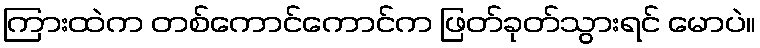
ကြားထဲက တစ်ကောင်ကောင်က ဖြတ်ခုတ်သွားရင် မောပဲ။